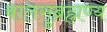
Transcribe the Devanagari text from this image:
बालसुब्रह्मण्य